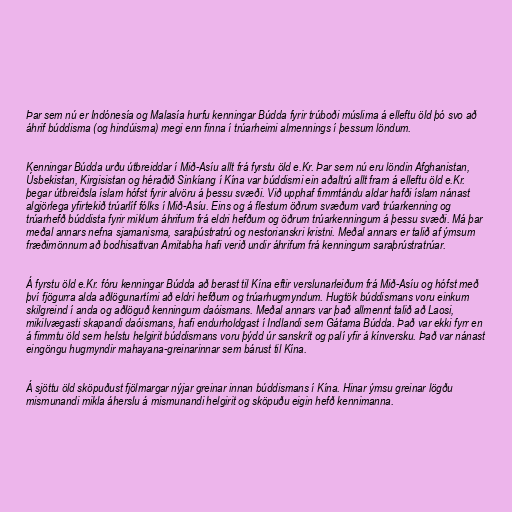
Þar sem nú er Indónesía og Malasía hurfu kenningar Búdda fyrir trúboði múslima á elleftu öld þó svo að
áhrif búddisma (og hindúisma) megi enn finna í trúarheimi almennings í þessum löndum.

Kenningar Búdda urðu útbreiddar í Mið-Asíu allt frá fyrstu öld e.Kr. Þar sem nú eru löndin Afghanistan,
Úsbekistan, Kirgisistan og héraðið Sinkíang í Kína var búddismi ein aðaltrú allt fram á elleftu öld e.Kr.
þegar útbreiðsla íslam hófst fyrir alvöru á þessu svæði. Við upphaf fimmtándu aldar hafði íslam nánast
algjörlega yfirtekið trúarlíf fólks í Mið-Asíu. Eins og á flestum öðrum svæðum varð trúarkenning og
trúarhefð búddista fyrir miklum áhrifum frá eldri hefðum og öðrum trúarkenningum á þessu svæði. Má þar
meðal annars nefna sjamanisma, saraþústratrú og nestorianskri kristni. Meðal annars er talið af ýmsum
fræðimönnum að bodhisattvan Amitabha hafi verið undir áhrifum frá kenningum saraþrústratrúar.

Á fyrstu öld e.Kr. fóru kenningar Búdda að berast til Kína eftir verslunarleiðum frá Mið-Asíu og hófst með
því fjögurra alda aðlögunartími að eldri hefðum og trúarhugmyndum. Hugtök búddismans voru einkum
skilgreind í anda og aðlöguð kenningum daóismans. Meðal annars var það allmennt talið að Laosi,
mikilvægasti skapandi daóismans, hafi endurholdgast í Indlandi sem Gátama Búdda. Það var ekki fyrr en
á fimmtu öld sem helstu helgirit búddismans voru þýdd úr sanskrít og palí yfir á kínversku. Það var nánast
eingöngu hugmyndir mahayana-greinarinnar sem bárust til Kína.

Á sjöttu öld sköpuðust fjölmargar nýjar greinar innan búddismans í Kína. Hinar ýmsu greinar lögðu
mismunandi mikla áherslu á mismunandi helgirit og sköpuðu eigin hefð kennimanna.